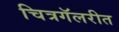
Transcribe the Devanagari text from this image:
चित्रगॅलरीत